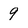
Character: 9